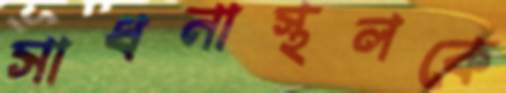
সাধনাস্থলকে